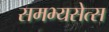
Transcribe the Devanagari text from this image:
समभ्यसेत्स